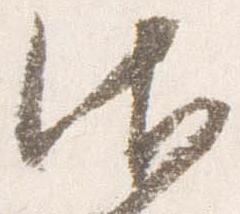
御